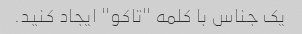
یک جناس با کلمه "تاکو" ایجاد کنید.